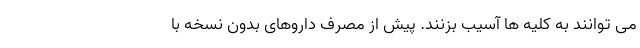
می توانند به کلیه ها آسیب بزنند. پیش از مصرف داروهای بدون نسخه با